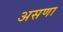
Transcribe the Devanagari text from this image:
असणा